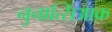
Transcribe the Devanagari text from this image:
नुनात्सिआक़